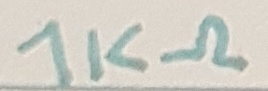
Text: 1KΩ